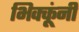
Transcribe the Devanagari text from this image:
भिक्कूंनी